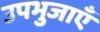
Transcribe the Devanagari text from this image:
उपभुजाएँ